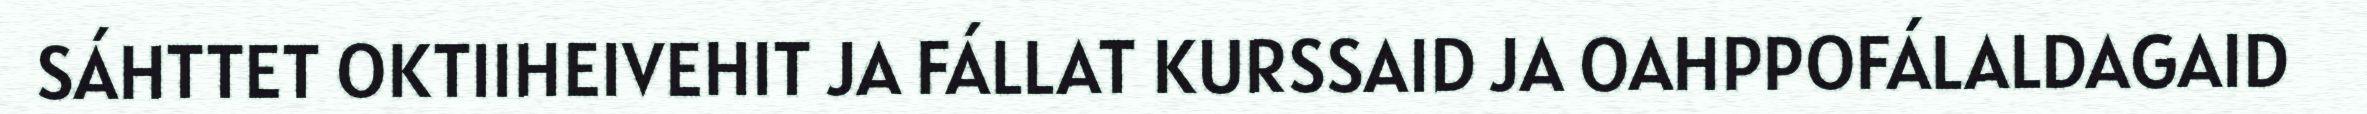
SÁHTTET OKTIIHEIVEHIT JA FÁLLAT KURSSAID JA OAHPPOFÁLALDAGAID